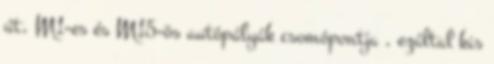
út, M1-es és M15-ös autópályák csomópontja , ezáltal kis